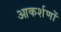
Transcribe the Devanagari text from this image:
आकर्शणों